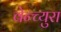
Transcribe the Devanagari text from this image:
वेन्च्युरा